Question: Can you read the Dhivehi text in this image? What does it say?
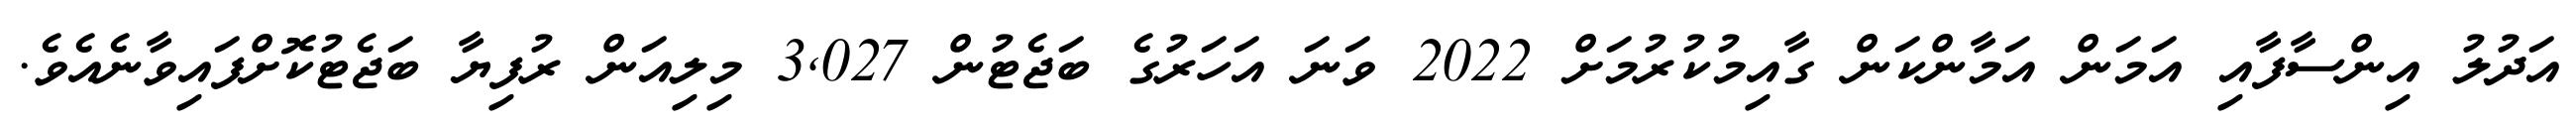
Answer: އަދުލު އިންސާފާއި އަމަން އަމާންކަން ގާއިމުކުރުމަށް 2022 ވަނަ އަހަރުގެ ބަޖެޓުން 3,027 މިލިއަން ރުފިޔާ ބަޖެޓުކޮށްފައިވާނެއެވެ.